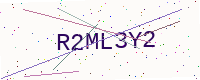
Text: R2ML3Y2